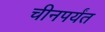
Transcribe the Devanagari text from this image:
चीनपर्यंत